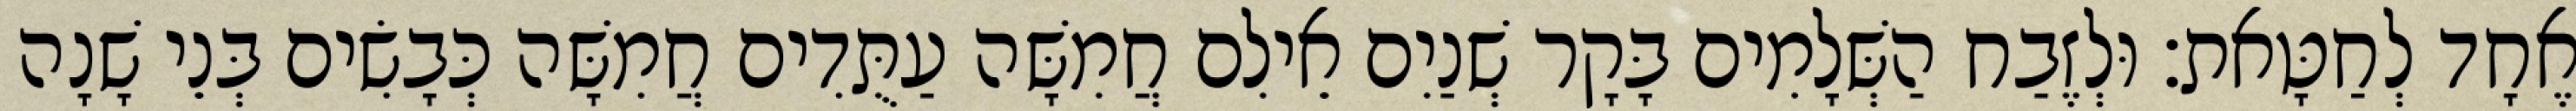
אֶחָד לְחַטָּאת׃ וּלְזֶבַח הַשְּׁלָמִים בָּקָר שְׁנַיִם אֵילִם חֲמִשָּׁה עַתֻּדִים חֲמִשָּׁה כְּבָשִׂים בְּנֵי שָׁנָה